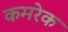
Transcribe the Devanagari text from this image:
कमरेक